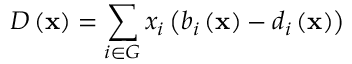
D \left( \mathbf { x } \right) = \sum _ { i \in G } x _ { i } \left( b _ { i } \left( \mathbf { x } \right) - d _ { i } \left( \mathbf { x } \right) \right)